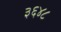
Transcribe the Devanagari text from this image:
३६४८